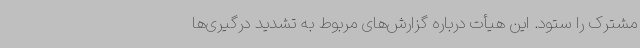
مشترک را ستود. این هیأت درباره گزارش‌های مربوط به تشدید درگیری‌ها